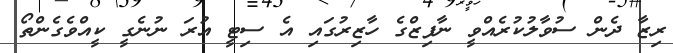
ރިޒާ ދެން ސުވާލުކުރެއްވީ ނާފިޒްގެ ހާޒިރުގައި އެ ސިޓީ އުރަ ނުނެގީ ކީއްވެގެންތޯ